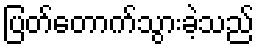
ပြတ်တောက်သွားခဲ့သည်